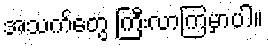
အသက်တွေ ကြီးလာကြမှာပါ။